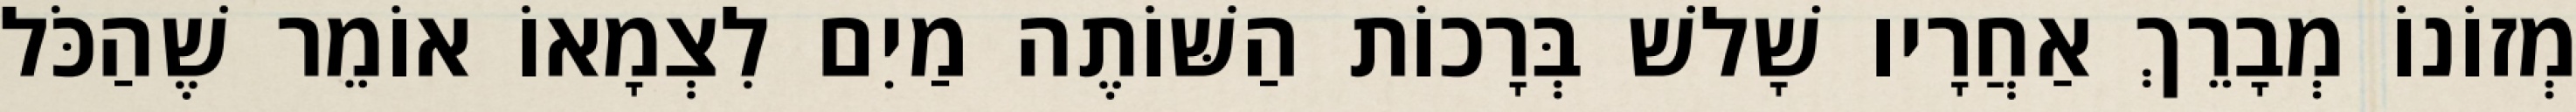
מְזוֹנוֹ מְבָרֵךְ אַחֲרָיו שָׁלשׁ בְּרָכוֹת הַשּׁוֹתֶה מַיִם לִצְמָאוֹ אוֹמֵר שֶׁהַכֹּל